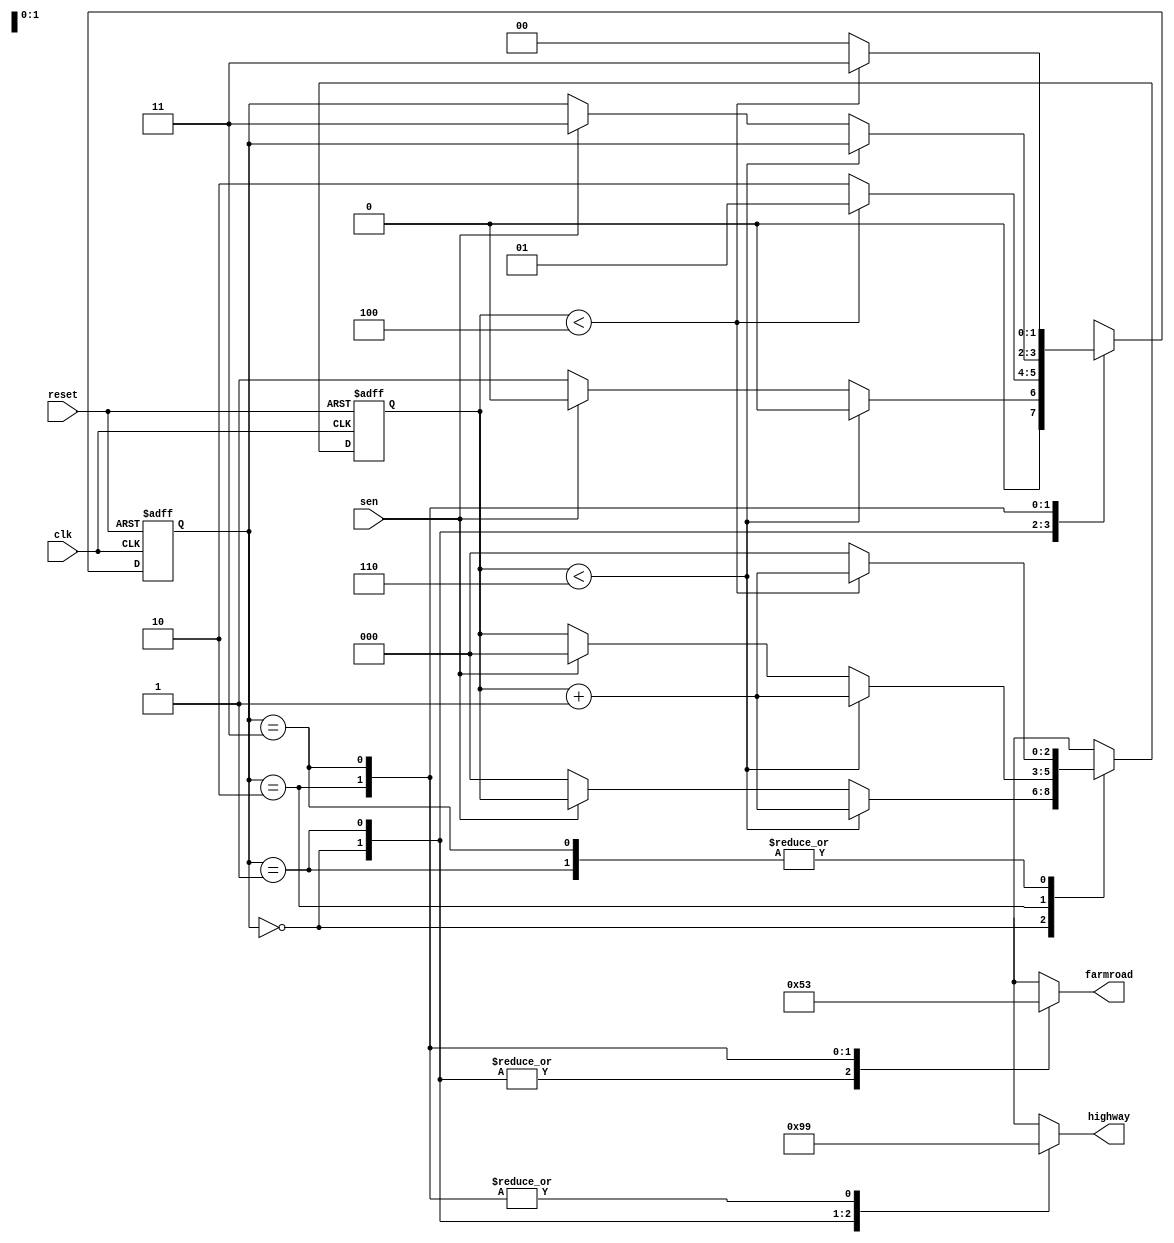
module traffic_fsm (
input clk,
input reset,
input sen,
output reg [2:0] farmroad,
output reg [2:0] highway
);

reg [1:0] state; 
reg [2:0] count;

parameter HGFR = 2'b00, 
			 HYFR = 2'b01,
			 HRFG = 2'b10,
			 HRFY = 2'b11;

always @(negedge clk or negedge reset)
begin 
	if (~reset)
		begin 
			state <= 2'b00;
			count <=0;
		end
		else 
			case(state) 
				HGFR :
					if(count < 6)
							begin 
								state <= HGFR;
								count <= count + 1;
							end
					else 
						if(sen) 
							begin
							state <= HGFR;
							count <= count;
							end
						else 
							begin
							state <= HYFR;
							count <= 0;
							end
				HYFR :
					if(count < 4)
							begin
								state <= HYFR;
								count <= count + 1;
							end
					else 
							begin
							state <= HRFG;
							count <= 0;
							end
				HRFG :
					if(count < 6) 
							begin
							state <= state;
							count <= count + 1;
							end
					else 
						if (~sen)
							begin
							state <= state;
							count <= count;
							end
						else 
							begin
							state <= HRFY;
							count <= 0;
							end
				HRFY :
					if(count  < 4) 
							begin
							state <= HRFY;
							count <= count + 1;
							end
					else 
							begin
							state <= HGFR;
							count <=0;
							end
				default : state <= HGFR;
		endcase 
end 


always @(state)
begin 
		case(state)
			HGFR : 
				begin 
					highway <= 3'b010;
					farmroad <= 3'b001;
				end
			HYFR : 
				begin 
					highway <= 3'b011;
					farmroad <= 3'b001;
				end 	
			HRFG : 
				begin
					highway <= 3'b001;
					farmroad <= 3'b010;
					end
			HRFY :
				begin 
					highway <= 3'b001; 
					farmroad <= 3'b011;
				end
			default : begin 
							highway <= 3'b010;
							farmroad <= 3'b001;
						 end 
		endcase 
end
endmodule